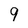
Character: 9